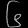
Digit: ၆